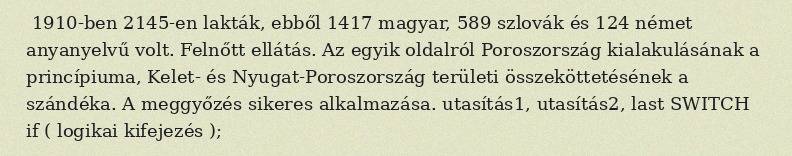
1910-ben 2145-en lakták, ebből 1417 magyar, 589 szlovák és 124 német anyanyelvű volt. Felnőtt ellátás. Az egyik oldalról Poroszország kialakulásának a princípiuma, Kelet- és Nyugat-Poroszország területi összeköttetésének a szándéka. A meggyőzés sikeres alkalmazása. utasítás1, utasítás2, last SWITCH if ( logikai kifejezés );